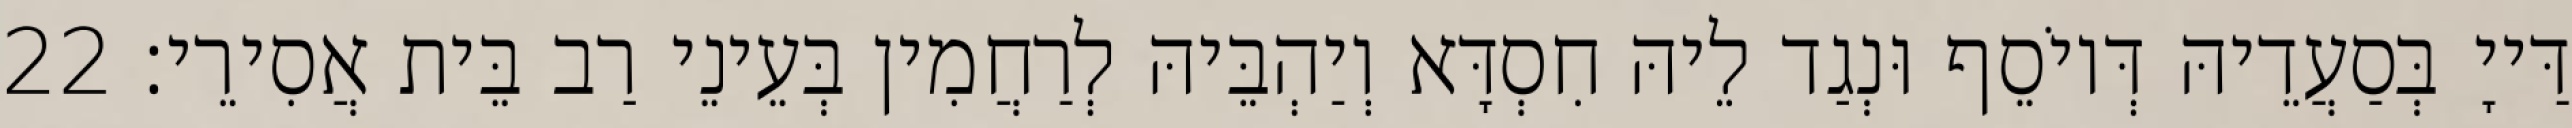
דַּייָ בְּסַעֲדֵיהּ דְּיוֹסֵף וּנְגַד לֵיהּ חִסְדָּא וְיַהְבֵּיהּ לְרַחֲמִין בְּעֵינֵי רַב בֵּית אֲסִירֵי׃ 22